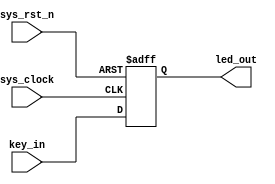
module flip_flop
(
	input wire sys_clock,
	input wire sys_rst_n,
	input wire key_in,
	
	output reg led_out
);
/* //

always@(posedge sys_clock)
	if(sys_rst_n == 1'b0)
		led_out <= 1'b0;
	else
		led_out <= key_in;
		 */
//		
always@(posedge sys_clock or negedge sys_rst_n)
	if(sys_rst_n == 1'b0)
		led_out <= 1'b0;
	else
		led_out <= key_in;		
endmodule

//alteraXlilinx